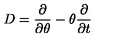
D = \frac { \partial } { \partial \theta } - \theta \frac { \partial } { \partial t }